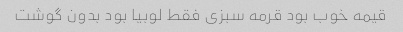
قیمه خوب بود قرمه سبزی فقط لوبیا بود بدون گوشت